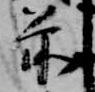
前